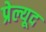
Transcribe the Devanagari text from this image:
प्रेल्यूद